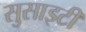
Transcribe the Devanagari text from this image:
सुसाइटी